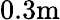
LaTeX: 0.3\mathrm{m}